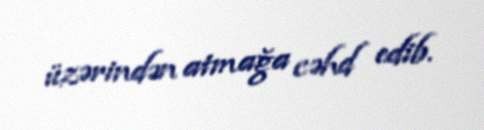
üzərindən atmağa cəhd edib.